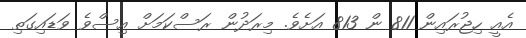
އެއީ ހިޖުރައިން 811 ން 813 އަށެވެ. މިރަދުން ރަސްކަމަށް އިސްވެ ވަޑައިގަތި